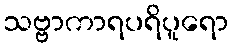
သဗ္ဗာကာရပရိပူရော